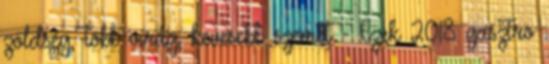
zöldség, több virág, kevesebb szemét - Ezek 2018 gasztro